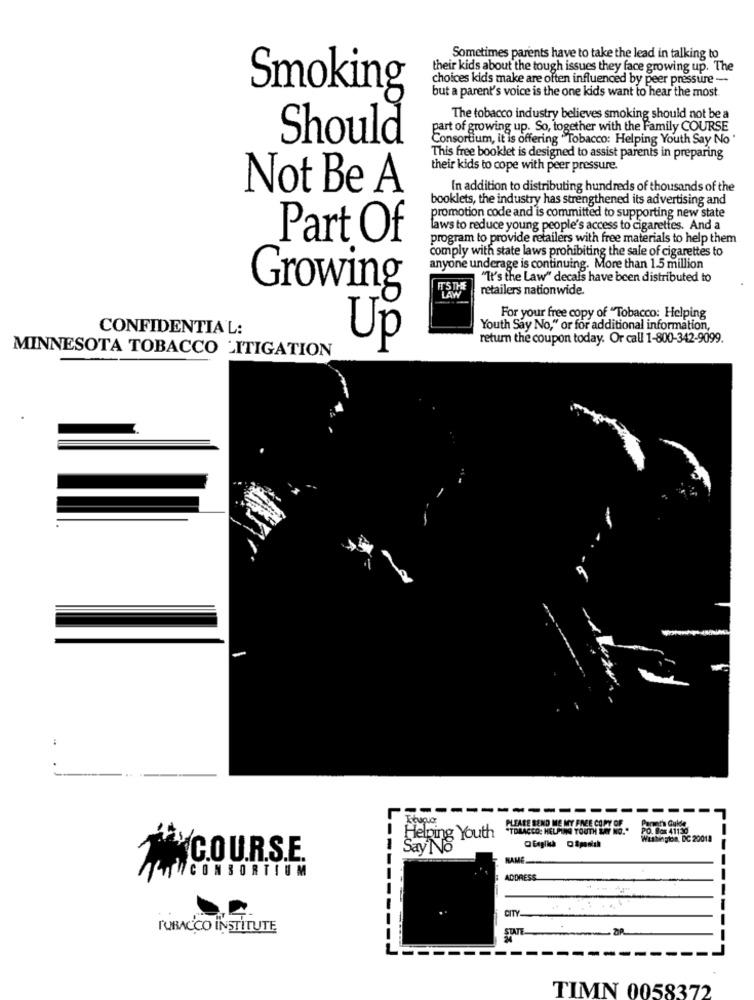
Sometimes parents have to take the lead in talking to
their kids about the tough issues they face growing up. The
choices kids make are often influenced by peer pressure -
Smoking
but a parent's voice is the one kids want to hear the most
The tobacco industry believes smoking should not be a
part of growing up. So, together with the Family COURSE
Should
Consortium, it is offering " Tobacco: Helping Youth Say No
This free booklet is designed to assist parents in preparing
their kids to cope with peer pressure.
Not Be A
In addition to distributing hundreds of thousands of the
booklets, the industry has strengthened its advertising and
promotion code and is committed to supporting new state
laws to reduce young people's access to cigarettes. And a
Part Of
program to provide retailers with free materials to help them
comply with state laws prohibiting the sale of cigarettes to
anyone underage is continuing. More than 1.5 million
"It's the Law" decals have been distributed to
Growing
retailers nationwide
LAW
For your free copy of "Tobacco: Helping
CONFIDENTIAL:
Youth Say No," or for additional information,
Up
return the coupon today. Or call 1-800-342-9099.
MINNESOTA TOBACCO LITIGATION
-----
L
Parmata Guide
*TOBACCO: HELPING YOUTH SAY NO."
FARE SEND ME MY FACE COPY OF.
PO. Box 41130
Helping Youth
Washington, DC 20012
Say No
COURS.E.
NAME
CONSORTIUM
---
ADDRESS
CITY-
TOBACCO INSTITUTE
------
--
-----
TIMN 0058372